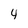
Character: 4